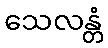
သေလန္တံ